Vaccination in the Punjab 1919-1929 - 1919-1929
Year: 1919
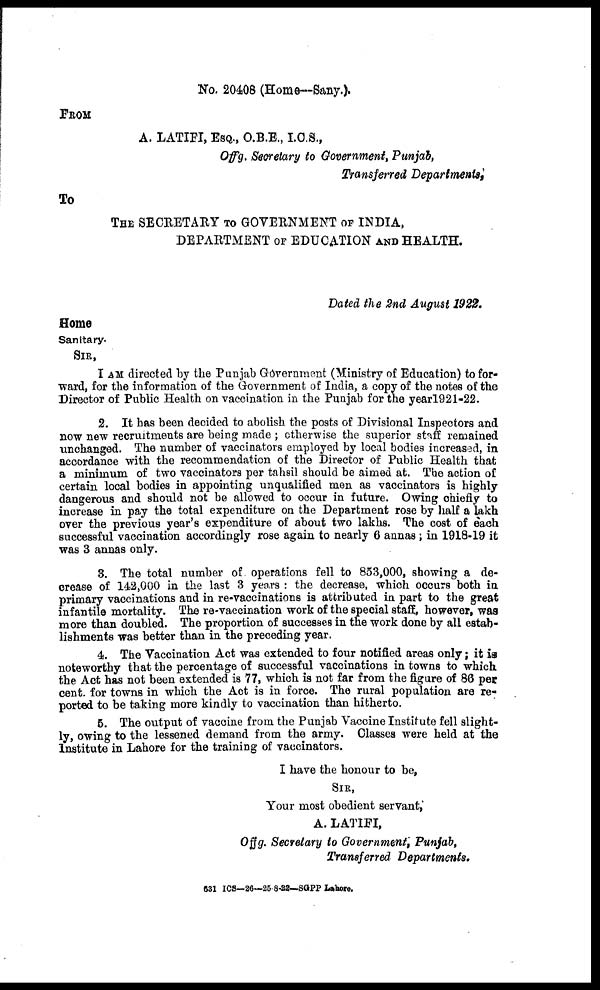
No. 20408 (Home—Sany.).
FROM
A. LATIFI, ESQ., O.B.E., I.C.S.,
Offg. Secretary to Government, Punjab,
Transferred Departments,
To
THE SECRETARY TO GOVERNMENT OF INDIA,
DEPARTMENT OF EDUCATION AND HEALTH.
Dated the 2nd August 1922.
Home
Sanitary.
SIR,
I AM directed by the Punjab Government (Ministry of Education) to for-
ward, for the information of the Government of India, a copy of the notes of the
Director of Public Health on vaccination in the Punjab for the year 1921-22.
2. It has been decided to abolish the posts of Divisional Inspectors and
now new recruitments are being made; otherwise the superior staff remained
unchanged. The number of vaccinators employed by local bodies increased, in
accordance with the recommendation of the Director of Public Health that
a minimum of two vaccinators per tahsil should be aimed at. The action of
certain local bodies in appointing unqualified men as vaccinators is highly
dangerous and should not be allowed to occur in future. Owing chiefly to
increase in pay the total expenditure on the Department rose by half a lakh
over the previous year's expenditure of about two lakhs. The cost of each
successful vaccination accordingly rose again to nearly 6 annas; in 1918-19 it
was 3 annas only.
3. The total number of operations fell to 853,000, showing a de-
crease of 142,000 in the last 3 years : the decrease, which occurs both in
primary vaccinations and in re-vaccinations is attributed in part to the great
infantile mortality. The re-vaccination work of the special staff, however, was
more than doubled. The proportion of successes in the work done by all estab-
lishments was better than in the preceding year.
4. The Vaccination Act was extended to four notified areas only; it is
noteworthy that the percentage of successful vaccinations in towns to which
the Act has not been extended is 77, which is not far from the figure of 86 per
cent. for towns in which the Act is in force. The rural population are re-
ported to be taking more kindly to vaccination than hitherto.
5. The output of vaccine from the Punjab Vaccine Institute fell slight-
ly, owing to the lessened demand from the army. Classes were held at the
Institute in Lahore for the training of vaccinators.
I have the honour to be,
SIR,
Your most obedient servant,
A. LATIFI,
Offg. Secretary to Government, Punjab,
Transferred Departments.
631 ICS-26—25-8-22—SGPP Lahore.